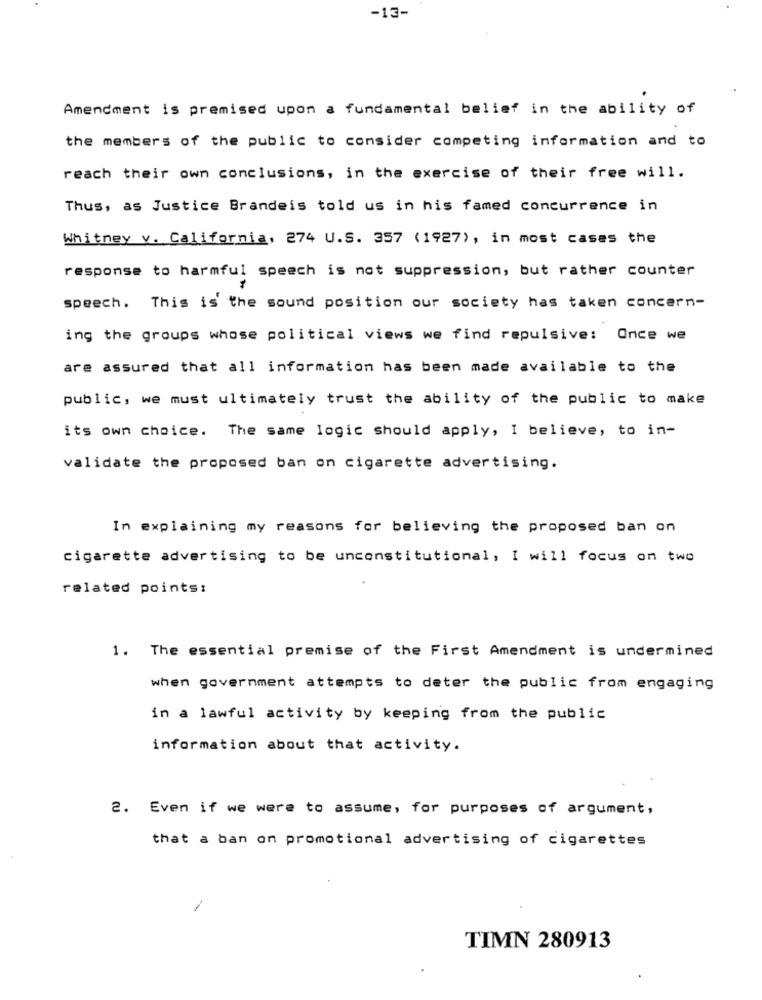
-13-
Amendment is premised upon a fundamental belief in the ability of
the members of the public to consider competing information and to
reach their own conclusions, in the exercise of their free will.
Thus, as Justice Brandeis told us in his famed concurrence in
Whitney v. California, 274 U.S. 357 (1927), in most cases the
response to harmful speech is not suppression, but rather counter
speech. This is the sound position our society has taken concern-
ing the groups whose political views we find repulsive: Once we
are assured that all information has been made available to the
public, we must ultimately trust the ability of the public to make
its own choice. The same logic should apply, I believe, to in-
validate the proposed ban on cigarette advertising.
In explaining my reasons for believing the proposed ban on
cigarette advertising to be unconstitutional, I will focus on two
related points:
1. The essential premise of the First Amendment is undermined
when government attempts to deter the public from engaging
in a lawful activity by keeping from the public
information about that activity.
2. Even if we were to assume, for purposes of argument,
that a ban on promotional advertising of cigarettes
TIMN 280913